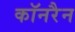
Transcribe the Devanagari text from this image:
कॉनरैन